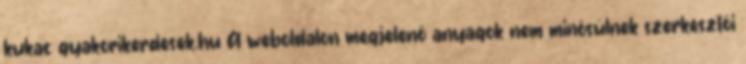
kukac gyakorikerdesek.hu A weboldalon megjelenő anyagok nem minősülnek szerkesztői